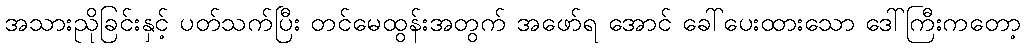
အသားညိုခြင်းနှင့် ပတ်သက်ပြီး တင်မေထွန်းအတွက် အဖော်ရ အောင် ခေါ်ပေးထားသော ဒေါ်ကြီးကတော့